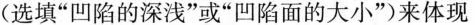
(选填”凹陷的深浅”或”凹陷面的大小”来体现